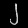
Digit: ၂